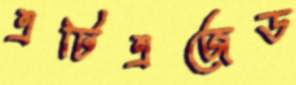
এটিএজেড